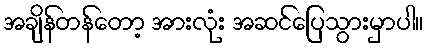
အချိန်တန်တော့ အားလုံး အဆင်ပြေသွားမှာပါ။